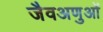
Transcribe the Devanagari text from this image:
जैवअणुओं